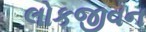
લોકજીવન